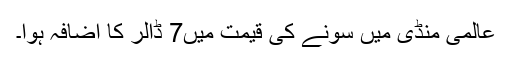
عالمی منڈی میں سونے کی قیمت میں7 ڈالر کا اضافہ ہوا۔